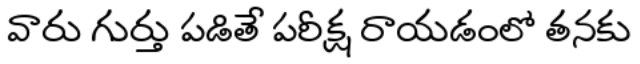
వారు గుర్తు పడితే పరీక్ష రాయడంలో తనకు